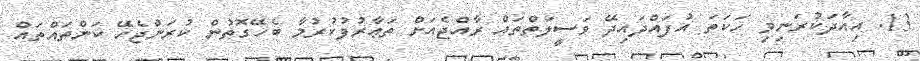
13. އިއާދަކުރަނިވި ހަކަތަ އުފައްދައިދޭ ވަސީލަތްތައް ރާއްޖެއަށް ތަޢާރުފުކުރުމާ ބެހޭގޮތުން ކުރަންޖެހޭ ކަންތައްތައް